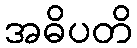
အဓိပတိ